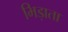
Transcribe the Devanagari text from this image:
भिड़ाता